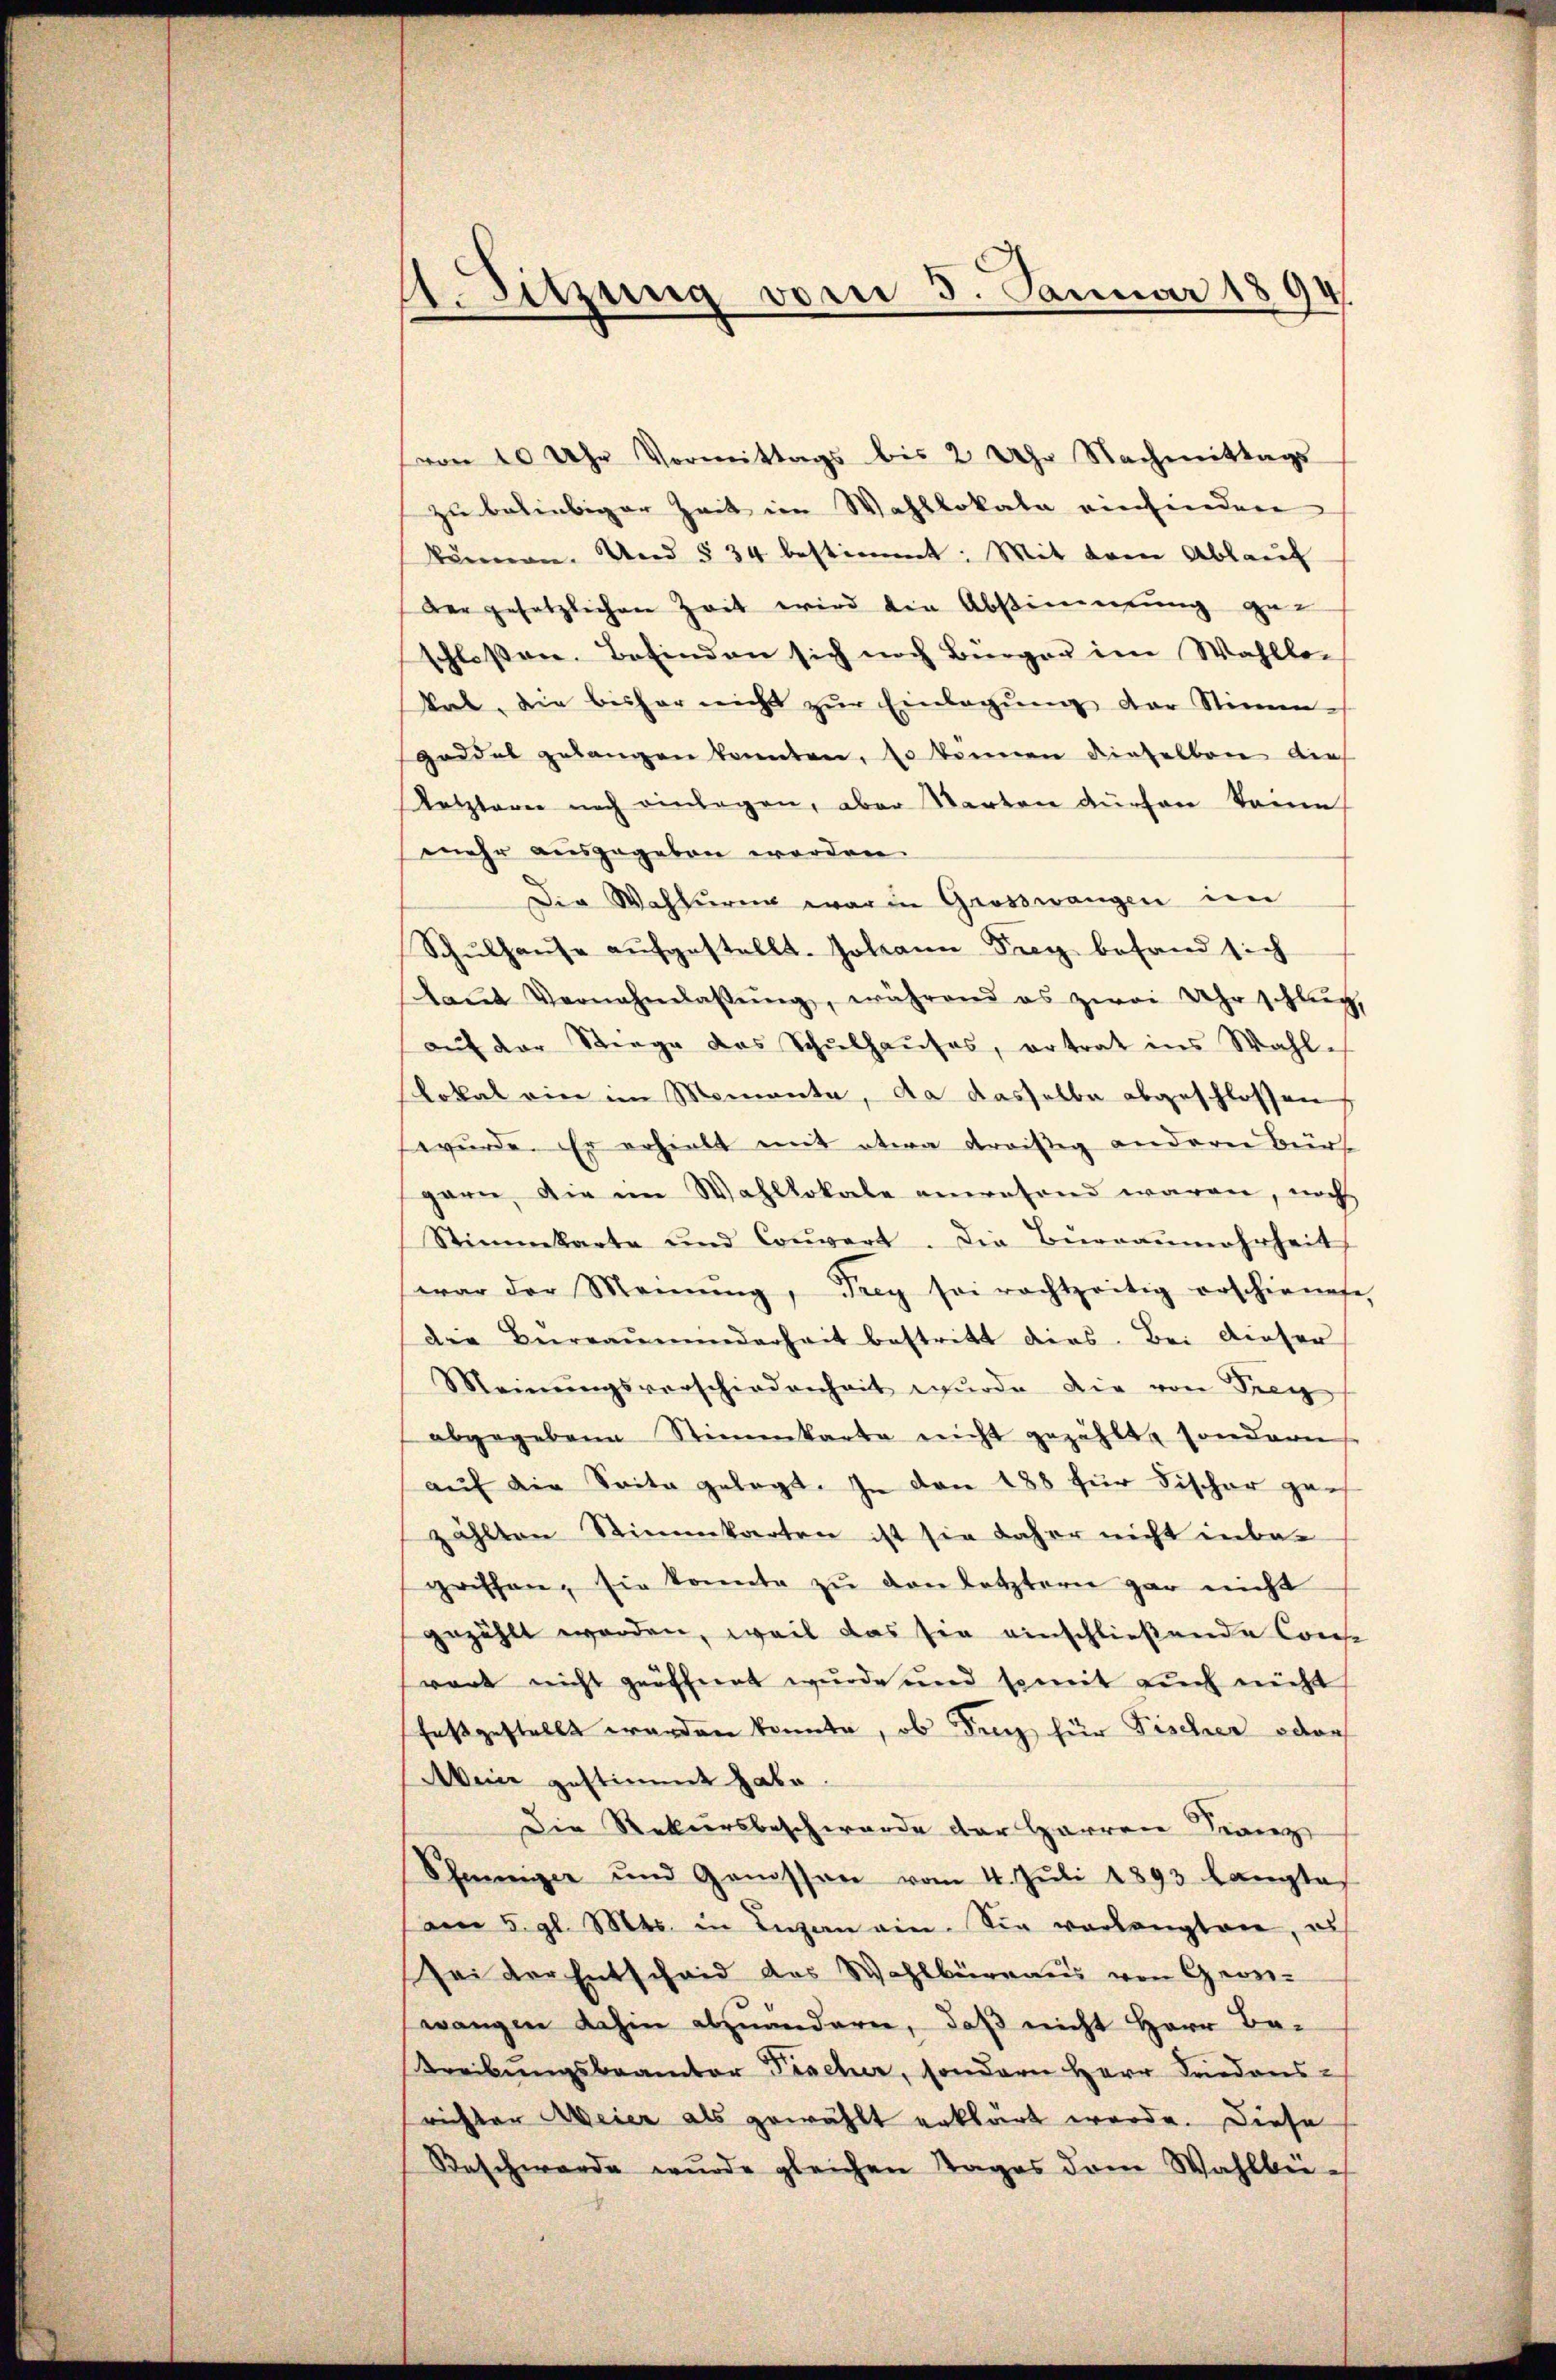
A. Sitzung vom 5. Januar 1894

(von 10 Uhr Vormittags bis 2 Uhr Nachmittags-
zu beliebiger Zeit im Wahllokale einfinden
können. Und § 34 bestimmt: Mit dem Ablauf
der gesetzlichen Zeit wird den Abstimmung geschlossen. Befinden sich noch Bürger im Wahllo-
kal, die bishar nicht zŭr Einlegŭng der Stimm-
Goddel gelangen konnten, so können dieselben dies
Retzterer noch einlagen, aber Warten dürfen keine
mehr ausgegeben werden.
Die Wahlung war in Grosswangen im
Schulhause aufgestellt. Johann Frey befand sich
laŭt Vernahmlassŭng, während es zwei Uhr schlŭg,
aŭf der Stiege das Schŭlhaŭses, ertrat ins Wahl-
lokal ein im Momente, da dasselbe abgeschlossen,
wurde. Er erhielt mit etwa dreißig andern Bürs
gern die im Wahllokale anwesend waren, noch
Stimmkarte und Convert. Die Büreaŭmahrheit
war der Meinŭng, Frey sei rachtzeitig erschienete
Die Beereaŭmunderheit bestritt dies. Bei dieser
Meinŭngsverschiedenheit wurde die von Frey
abgegebene Stimmkarte nicht gezählt, sondern
auf die Saite gelegt. In den 188 für Fischer gan
zählten Stimmkarten ist sie daher nicht inbegriffen, sie konnte zŭ den letztern gar nicht
gezählt worden, weil das sie einschließende Consi
wart nicht geöffnet wurde und somit auch nicht
festgestellt werden konnte, ob Dich für Fischer oder
Akeine gestimmt habe
Die Rekursbeschwerde der Harren Franz
Schweizer und Genossen vom 4. Juli 1893 langtes
am 5. gl. Mts. in Luzern ein. Die verlangten, es
sei der Entscheid das Wahlbüreaus von Georwangen dahin abzuändern, daß nicht Herr Be-
Treibŭngsbeamter Fischer, sondern Herr Friedens-
richter Weier als gewählt erklärt werde. Diese
Beschwerde wurde gleichen Tages dem Wahlber¬